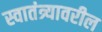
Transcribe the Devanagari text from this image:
स्वातंत्र्यावरील